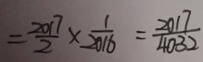
= \frac { 2 0 1 7 } { 2 } \times \frac { 1 } { 2 0 1 6 } = \frac { 2 0 1 7 } { 4 0 3 2 }